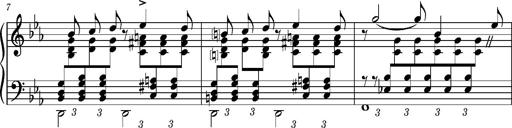
Title: PrÃ©ludes et Harmonies poÃ©tiques et religieuses
Composer: Franz Liszt